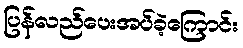
ပြန်လည်ပေးအပ်ခဲ့ကြောင်း